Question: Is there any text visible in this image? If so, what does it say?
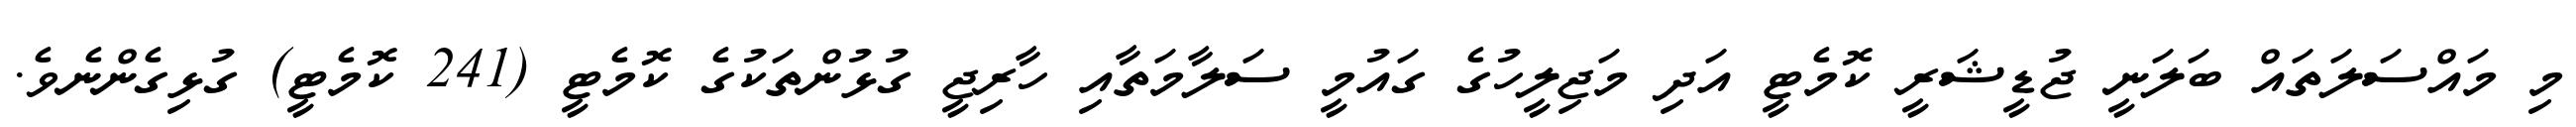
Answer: މި މައްސަލަތައް ބަލަނީ ޖުޑީޝަރީ ކޮމެޓީ އަދި މަޖިލީހުގެ ގައުމީ ސަލާމަތާއި ހާރިޖީ ގުޅުންތަކުގެ ކޮމެޓީ (241 ކޮމެޓީ) ގުޅިގެންނެވެ.